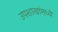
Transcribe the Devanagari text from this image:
उपशाखांमध्ये